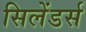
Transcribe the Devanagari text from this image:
सिलेंडर्स